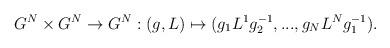
LaTeX: \begin{align*}G^{N}\times G^{N}\rightarrow G^{N}:(g,L)\mapsto(g_{1}L^{1}g_{2}^{-1},...,g_{N}L^{N}g_{1}^{-1}). \end{align*}